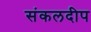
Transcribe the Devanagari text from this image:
संकलदीप